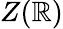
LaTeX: Z(\mathbb{R})